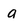
Character: a